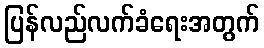
ပြန်လည်လက်ခံရေးအတွက်